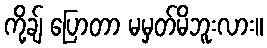
ကို့ချ် ပြောတာ မမှတ်မိဘူးလား။